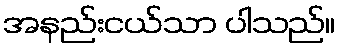
အနည်းငယ်သာ ပါသည်။